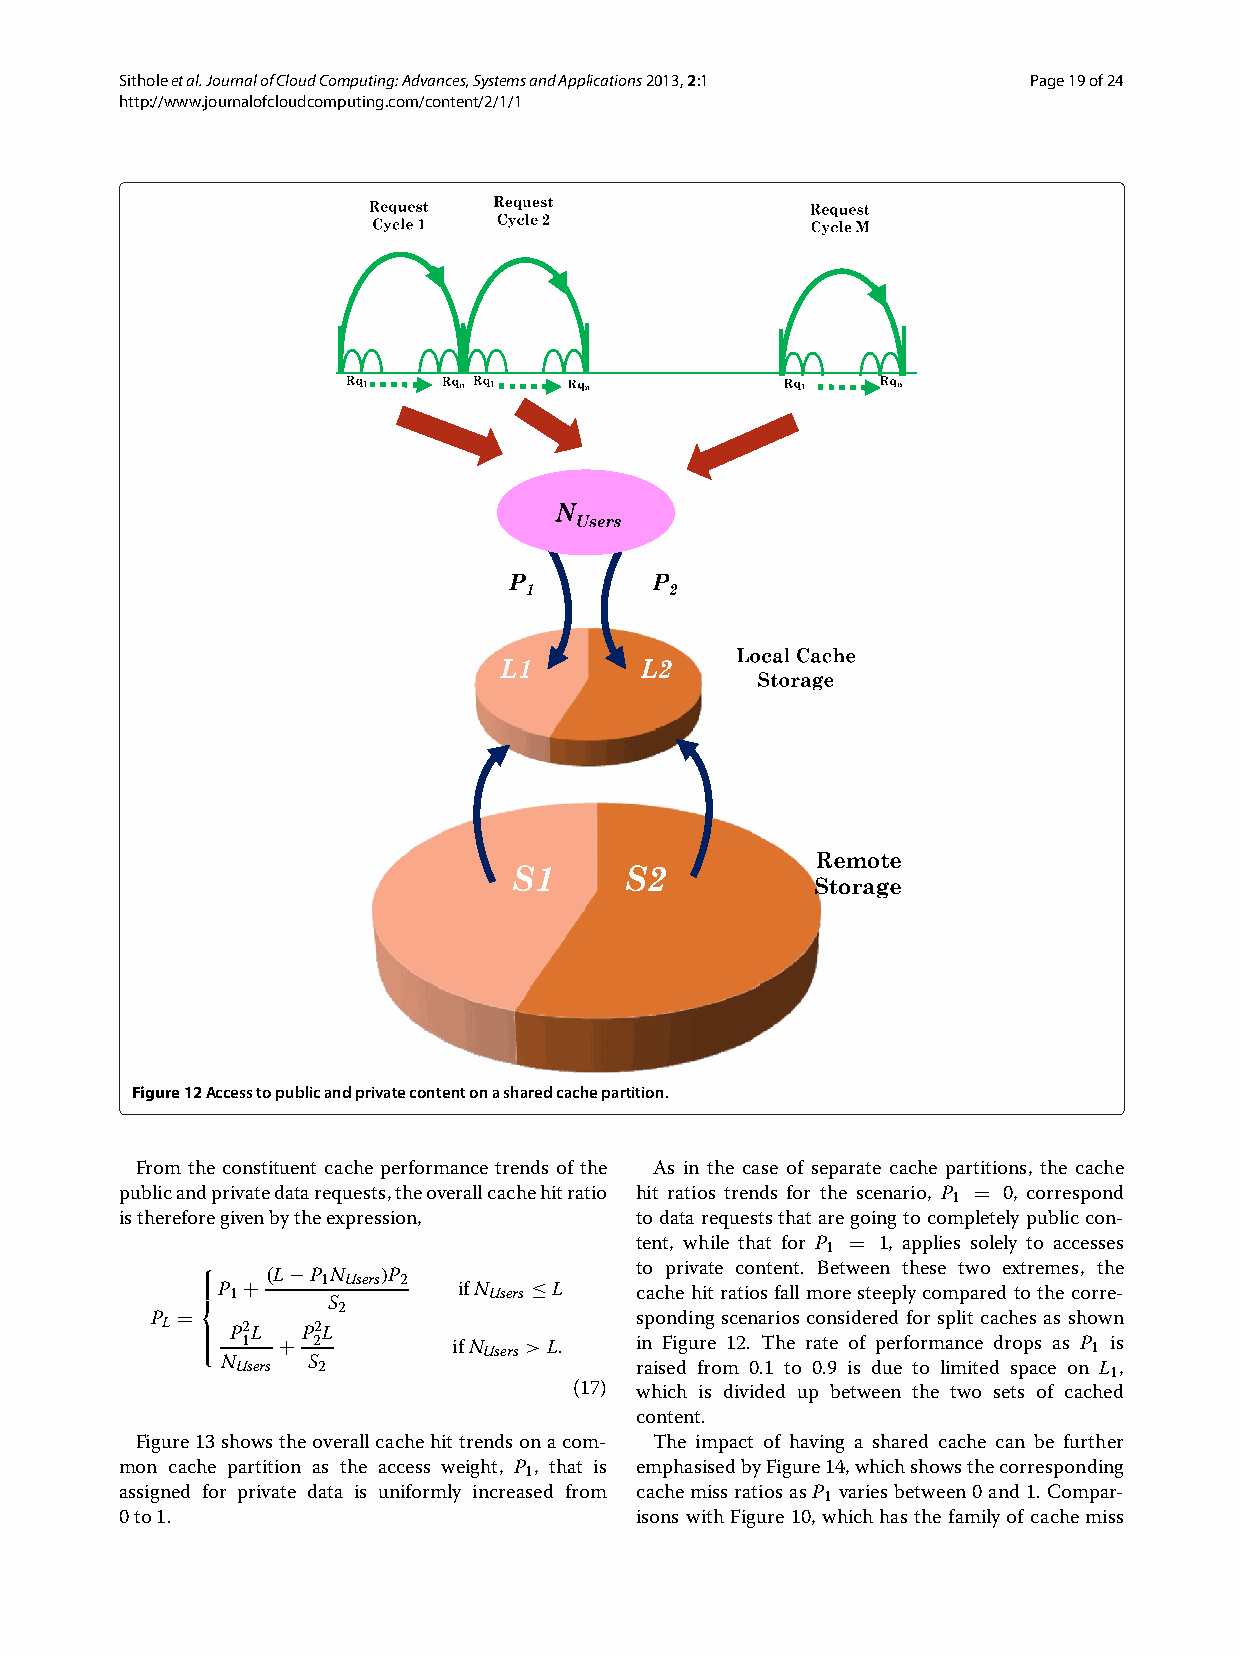
Sitholeetal.JournalofCloudComputing:Advances,SystemsandApplications2013,2:1 Page19of24
 http://www.journalofcloudcomputing.com/content/2/1/1
 Figure12Accesstopublicandprivatecontentonasharedcachepartition.
 From the constituent cache performance trends of the As in the case of separate cache partitions, the cache
 publicandprivatedatarequests,theoverallcachehitratio hit ratios trends for the scenario, P = 0, correspond
 1
 isthereforegivenbytheexpression,  todatarequeststhataregoingtocompletely publiccon-
 tent, while that for P = 1, applies solely to accesses
 1
 ⎧
 ⎪⎪ ⎨P 1+ (L−P 1N Users)P 2 ifN Users ≤L t co achp eriv ha itte rac tio on ste fan lt l. mB oe rt ew se te en eplt yhe cs oe mt pw aro edex tt ore thm ee cs, ort rh ee -
 S
 P =         2                   sponding scenarios considered for split cachesas shown
 L ⎪⎪ ⎩ P 12L + P 22L ifN Users >L. in Figure 12. The rate of performance drops as P 1 is
 N Users S 2                raised from 0.1 to 0.9 is due to limited space on L 1,
 (17) which is divided up between the two sets of cached
 content.
 Figure13showstheoverallcachehittrendsonacom- The impact of having a shared cache can be further
 mon cache partition as the access weight, P , that is emphasisedbyFigure14,whichshowsthecorresponding
 1
 assigned for private data is uniformly increased from cachemissratiosasP variesbetween0and 1.Compar-
 1
 0to1.                             isons withFigure 10, whichhas the family of cachemiss